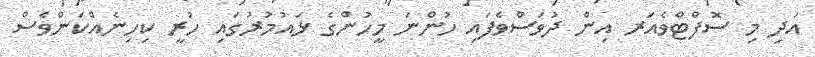
އަދި މި ސޮފްޓްވެއަރ އިން ދުވަސްވެފައި ހުންނަ މީހުންގެ ޅައުމުރުގައި ހުރީ ކިހިނެއްކަންވެސް